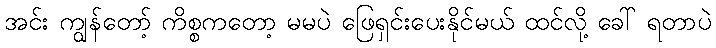
အင်း ကျွန်တော့် ကိစ္စကတော့ မမပဲ ဖြေရှင်းပေးနိုင်မယ် ထင်လို့ ခေါ် ရတာပဲ